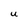
Character: U